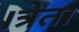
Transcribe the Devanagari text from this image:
।त्रेता